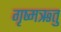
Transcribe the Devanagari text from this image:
गृष्‍मऋतु